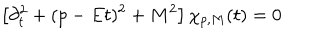
LaTeX: \left[ \partial _ { t } ^ { 2 } + ( p - E t ) ^ { 2 } + M ^ { 2 } \right] \chi _ { p , M } ( t ) = 0